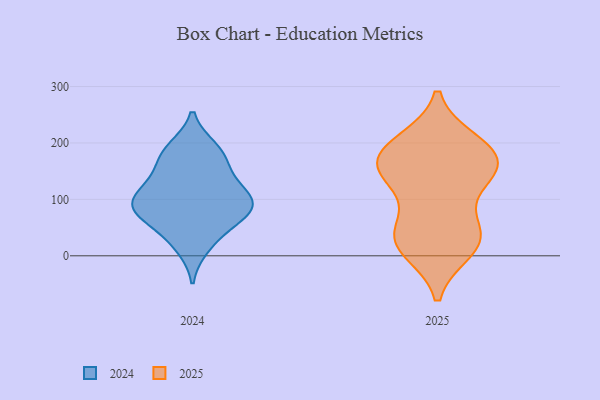
{"axis": {"x": "Production Output", "y": "Value"}, "legend": ["2024", "2025"], "data": [{"x": "", "y": 16, "type": "2024"}, {"x": "", "y": 182, "type": "2024"}, {"x": "", "y": 190, "type": "2024"}, {"x": "", "y": 76, "type": "2024"}, {"x": "", "y": 180, "type": "2024"}, {"x": "", "y": 90, "type": "2024"}, {"x": "", "y": 151, "type": "2024"}, {"x": "", "y": 106, "type": "2024"}, {"x": "", "y": 133, "type": "2024"}, {"x": "", "y": 112, "type": "2024"}, {"x": "", "y": 75, "type": "2024"}, {"x": "", "y": 34, "type": "2024"}, {"x": "", "y": 77, "type": "2024"}, {"x": "", "y": 75, "type": "2024"}, {"x": "", "y": 105, "type": "2024"}, {"x": "", "y": 25, "type": "2025"}, {"x": "", "y": 33, "type": "2025"}, {"x": "", "y": 47, "type": "2025"}, {"x": "", "y": 126, "type": "2025"}, {"x": "", "y": 145, "type": "2025"}, {"x": "", "y": 200, "type": "2025"}, {"x": "", "y": 147, "type": "2025"}, {"x": "", "y": 167, "type": "2025"}, {"x": "", "y": 166, "type": "2025"}, {"x": "", "y": 12, "type": "2025"}, {"x": "", "y": 33, "type": "2025"}, {"x": "", "y": 190, "type": "2025"}, {"x": "", "y": 185, "type": "2025"}]}